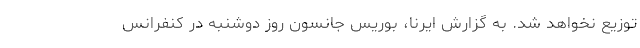
توزیع نخواهد شد. به گزارش ایرنا، بوریس جانسون روز دوشنبه در کنفرانس